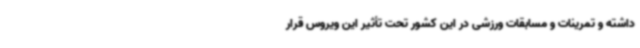
داشته و تمرینات و مسابقات ورزشی در این کشور تحت تأثیر این ویروس قرار